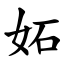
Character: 妬